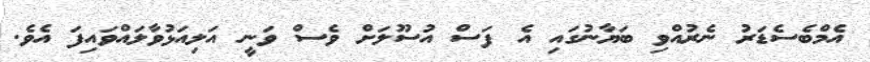
އެމްބެސެޑަރު ނެރުއްވި ބަޔާނުގައި އެ ފަސް އުސޫލަށް ވެސް ވަނީ އަލިއަޅުވާލައްވައިފަ އެވެ.